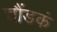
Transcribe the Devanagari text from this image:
चौंडकं